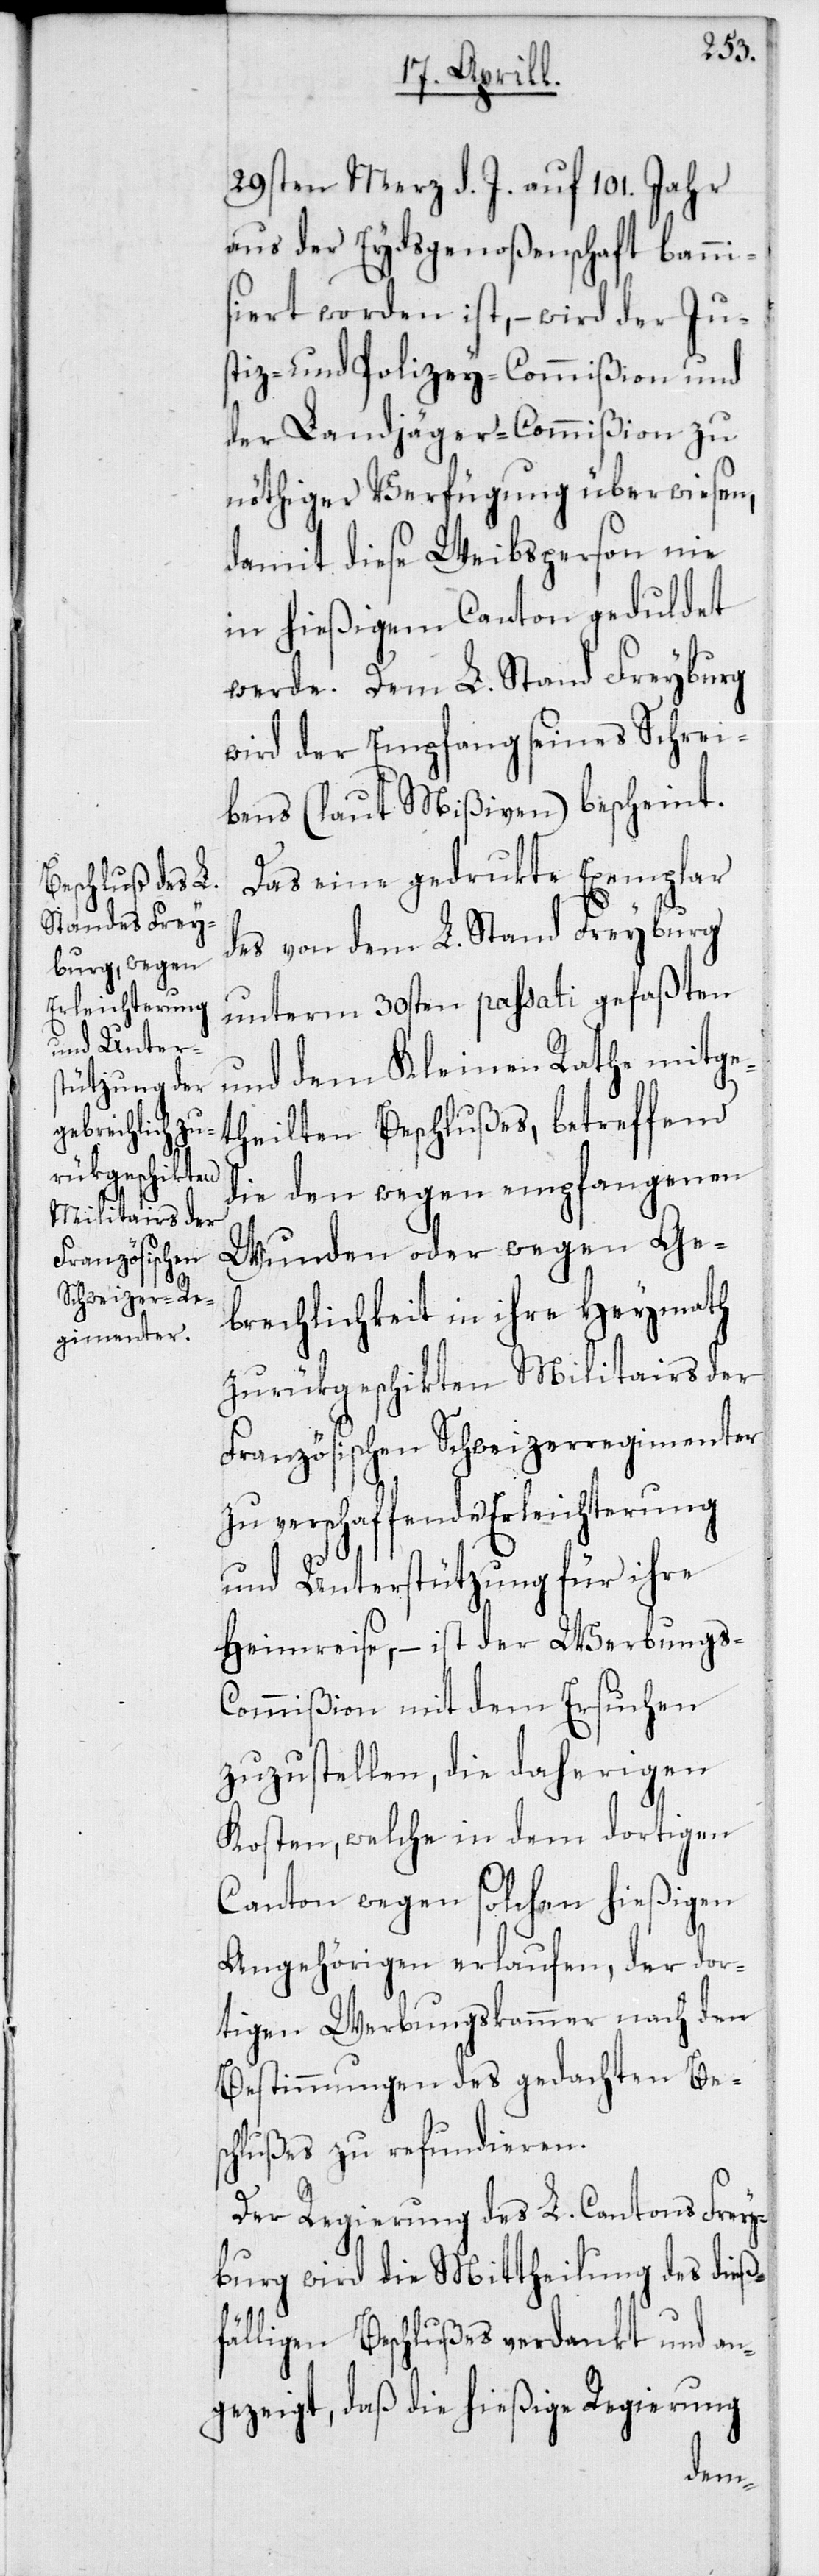
29sten Merz d. J. auf 101. Jahr
aus der Eydsgenoßenschaft bannis¬
iert worden ist, – wird der Ju¬
stiz- und Polizey-Commißion und
der Landjäger-Commißion zu
nöthiger Verfügung überwiesen,
damit diese Weibsperson nie
in hießigem Canton geduldet
Dem L. Stand Freyburg
wird der Empfang seines Schrei¬
bens (laut Mißiven) bescheint.
Das eine gedrukte Exemplar
des von dem L. Stand Freyburg
unterm 30sten passati gefaßten
und dem Kleinen Rathe mitge¬
theilten Beschlußes, betreffend
die den wegen empfangenen
Wunden oder wegen Ge¬
brechlichkeit in ihre Heymath
zurükgeschikten Militairs der
Französischen Schweizerregimenter
zu verschaffende Erleichterung
und Unterstützung für ihre
Heimreise, – ist der Werbungs-C¬
ommißion mit dem Ersuchen
zuzustellen, die daherigen
Kosten, welche in dem dortigen
Canton wegen solchen hießigen
Angehörigen erlaufen, der dor¬
tigen Werbungskammer nach den
Bestimmungen des gedachten Be¬
schlußes zu refundieren.
Der Regierung des L. Cantons Frey¬
burg wird die Mittheilung des dieß¬
fälligen Beschlußes verdankt und an¬
gezeigt, daß die hießige Regierung